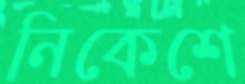
নিকেশে